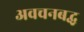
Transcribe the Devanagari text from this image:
अवचनबद्ध